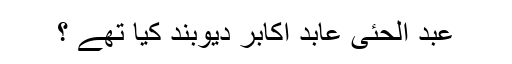
عبد الحئی عابد اکابر دیوبند کیا تھے ؟